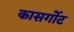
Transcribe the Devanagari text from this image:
कासर्गोट